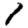
Digit: 1